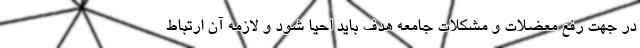
در جهت رفع معضلات و مشکلات جامعه هدف باید احیا شود و لازمه آن ارتباط